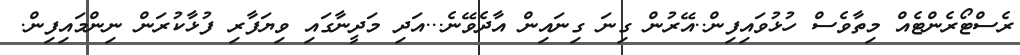
ރެސްޓޯރެންޓެއް މިތާވެސް ހުޅުވައިފިން..އޭރުން ގިނަ ގިނައިން އާދެވޭނެ...އަދި މަދީނާގައި ވިޔަފާރި ފުޅާކުރަން ނިންމައިފިން.